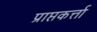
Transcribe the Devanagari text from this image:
प्राप्तकर्त्ता